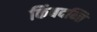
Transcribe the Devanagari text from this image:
किंबदन्ति